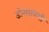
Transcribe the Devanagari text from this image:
डोगरावंशी